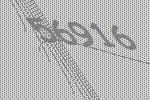
56916